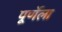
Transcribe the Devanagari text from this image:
पूर्णेला